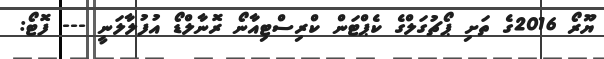
ޔޫރޯ 2016ގެ ތަށި ޕޯޗުގަލްގެ ކެޕްޓަން ކްރިސްޓިއާނޯ ރޮނާލްޑޯ އުފުލާލަނީ --- ފޮޓޯ: